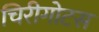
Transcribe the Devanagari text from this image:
चिरीगोटस